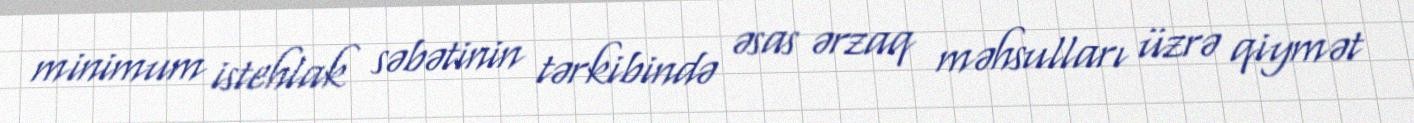
minimum istehlak səbətinin tərkibində əsas ərzaq məhsulları üzrə qiymət